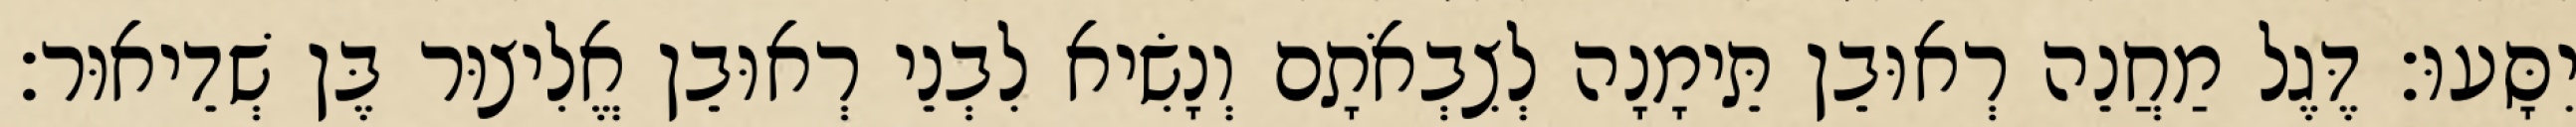
יִסָּעוּ׃ דֶּגֶל מַחֲנֵה רְאוּבֵן תֵּימָנָה לְצִבְאֹתָם וְנָשִׂיא לִבְנֵי רְאוּבֵן אֱלִיצוּר בֶּן שְׁדֵיאוּר׃